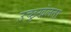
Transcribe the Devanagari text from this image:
उच्छृखंलता